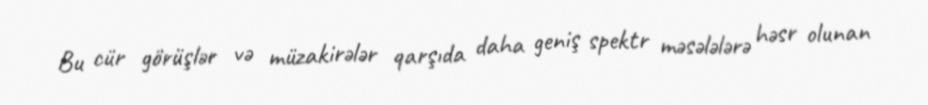
Bu cür görüşlər və müzakirələr qarşıda daha geniş spektr məsələlərə həsr olunan